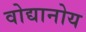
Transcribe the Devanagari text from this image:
वोद्यानोय